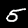
Label: 5